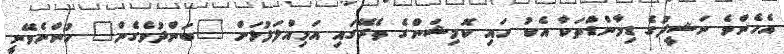
އެހެންވެ ނަޝީދުގެ ޑިމާންޑްތަކާ އެކު ހައި ކޮމިޝަންގެ ތެރޭގައި އަމިއްލަފުޅަށް "ބަންދުވެގެން" ހުންނެވޭނީ